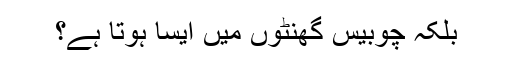
بلکہ چوبیس گھنٹوں میں ایسا ہوتا ہے؟